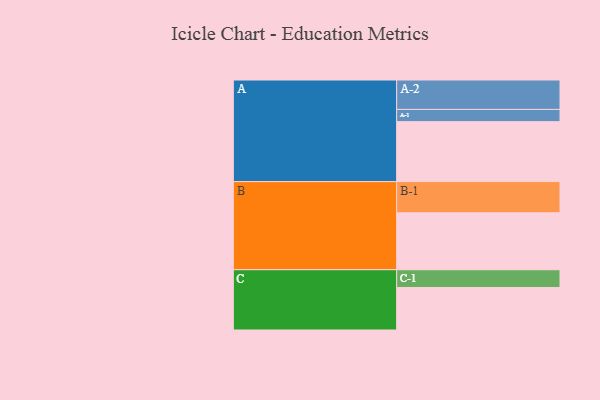
{"axis": {"x": "Segment", "y": "Value"}, "legend": ["", "A", "B", "C"], "data": [{"x": "A", "y": 544, "type": ""}, {"x": "B", "y": 517, "type": ""}, {"x": "C", "y": 386, "type": ""}, {"x": "A-1", "y": 111, "type": "A"}, {"x": "A-2", "y": 267, "type": "A"}, {"x": "B-1", "y": 283, "type": "B"}, {"x": "C-1", "y": 161, "type": "C"}]}